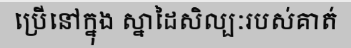
ប្រើនៅក្នុង ស្នាដៃសិល្បៈរបស់គាត់